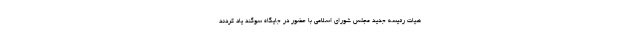
هیات رئیسه جدید مجلس شورای اسلامی با حضور در جایگاه سوگند یاد کردند